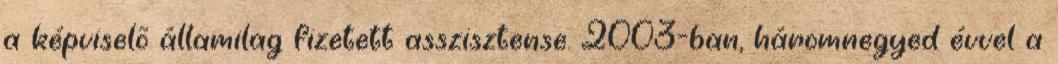
a képviselõ államilag fizetett asszisztense. 2003-ban, háromnegyed évvel a